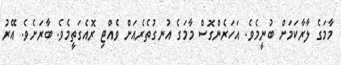
މާމަގެ ލާރާކަމަށް ބުނީމެވެ. އަހަރެންގޮސް މާމަގެ އުނގުތެރެއަށް ވެއްޓި ރޮއެގަތީމެވެ. ބާރަށެވެ. އޭރު